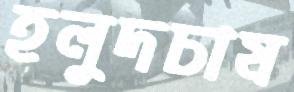
হলুদচাষ